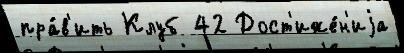
пра́в'ить Клуб 42 Дост'иже́н'иjа